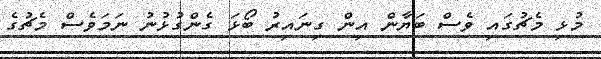
މުޅި މެޗުގައި ވެސް ބަޔާން އިން ގިނައިރު ބޯޅަ ގެންގުޅުނު ނަމަވެސް މެޗުގެ